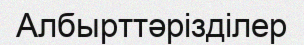
Албырттәрізділер